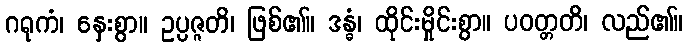
ဂရုကံ၊ နှေးစွာ။ ဥပ္ပဇ္ဇတိ၊ ဖြစ်၏။ ဒန္ဓံ၊ ထိုင်းမှိုင်းစွာ။ ပဝတ္တတိ၊ လည်၏။